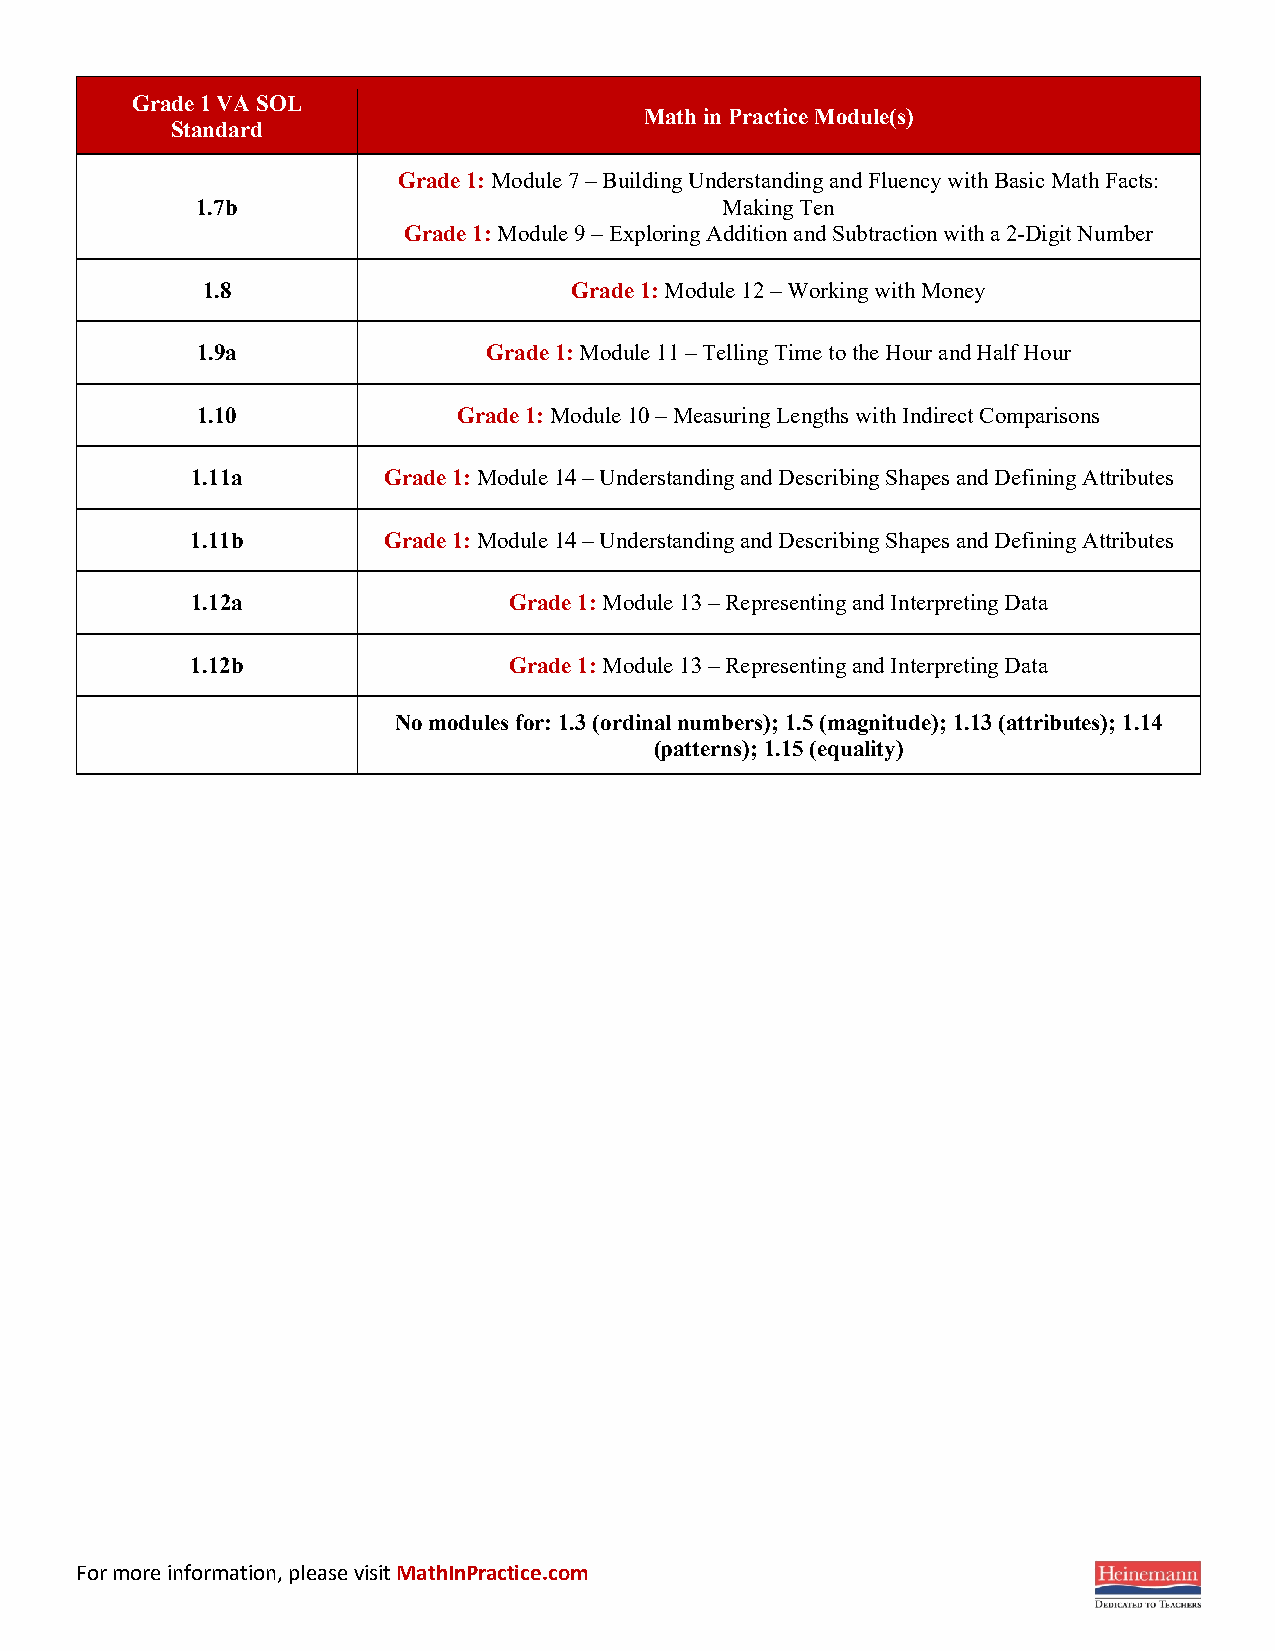
Grade 1 VA SOL
 Math in Practice Module(s)
 Standard
 Grade 1: Module 7 – Building Understanding and Fluency with Basic Math Facts:
 1.7b                               Making Ten
 Grade 1: Module 9 – Exploring Addition and Subtraction with a 2-Digit Number
 1.8                      Grade 1: Module 12 – Working with Money
 1.9a               Grade 1: Module 11 – Telling Time to the Hour and Half Hour
 1.10             Grade 1: Module 10 – Measuring Lengths with Indirect Comparisons
 1.11a       Grade 1: Module 14 – Understanding and Describing Shapes and Defining Attributes
 1.11b       Grade 1: Module 14 – Understanding and Describing Shapes and Defining Attributes
 1.12a                Grade 1: Module 13 – Representing and Interpreting Data
 1.12b                Grade 1: Module 13 – Representing and Interpreting Data
 No modules for: 1.3 (ordinal numbers); 1.5 (magnitude); 1.13 (attributes); 1.14
 (patterns); 1.15 (equality)
 For more information, please visit MathInPractice.com